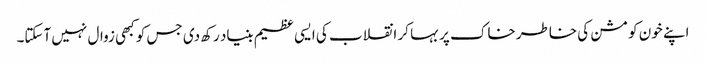
اپنے خون کو مشن کی خاطر خاک پر بہا کر انقلاب کی ایسی عظیم بنیاد رکھ دی جس کو کبھی زوال نہیں آسکتا۔